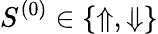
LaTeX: {S^{(0)}\in\{ \Uparrow,\Downarrow\} }